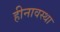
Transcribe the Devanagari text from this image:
हीनावस्था